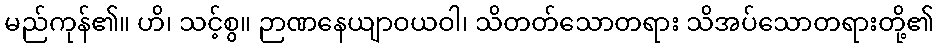
မည်ကုန်၏။ ဟိ၊ သင့်စွ။ ဉာဏနေယျာဝယဝါ၊ သိတတ်သောတရား သိအပ်သောတရားတို့၏